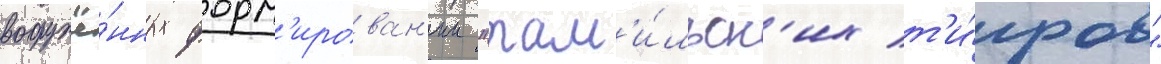
вооружё́нных форм'ирован'ии "там'и́льск'их т'и́гров"